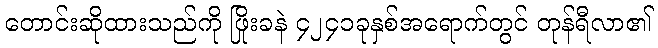
တောင်းဆိုထားသည်ကို ဖြိုးခနဲ ၄၂၄၁ခုနှစ်အရောက်တွင် တုန်ရီလာ၏